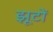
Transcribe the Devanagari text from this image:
झूटों